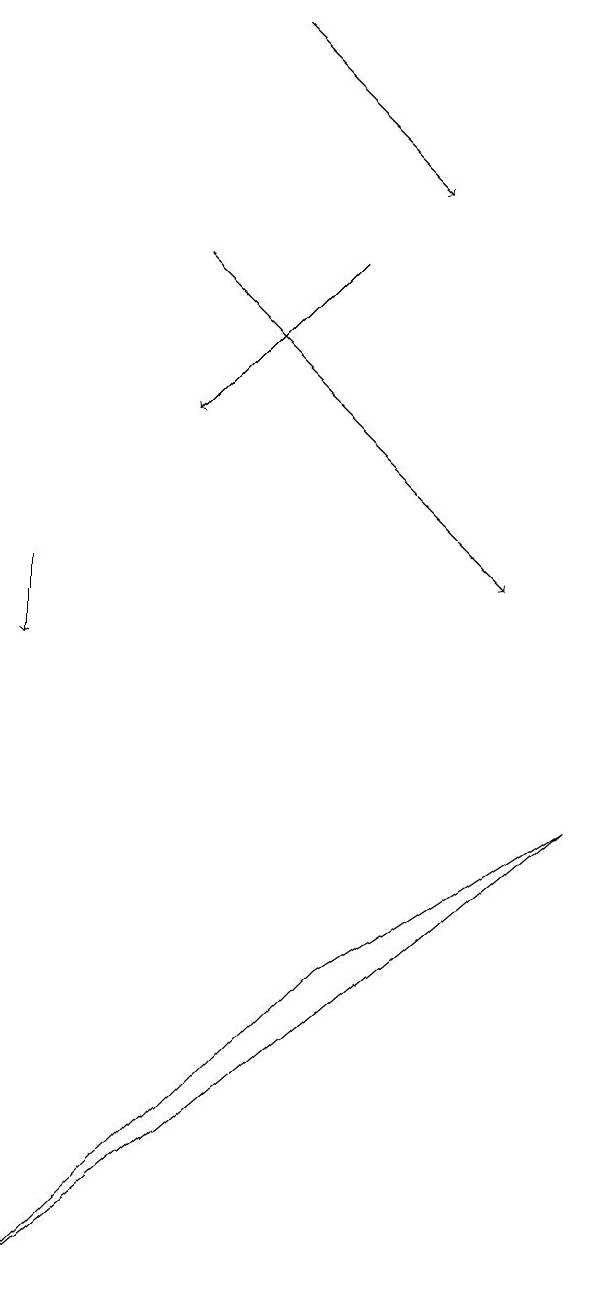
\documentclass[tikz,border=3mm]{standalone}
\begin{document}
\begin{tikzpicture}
\draw[->] (1,12) -- (1,11);
\draw[->] (4,19) -- (6,17);
\draw[->] (3,16) -- (7,12);
\draw (5,7) -- (1,3) -- (8,9) -- cycle;
\draw[->] (5,16) -- (3,14);
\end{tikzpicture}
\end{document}